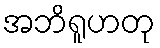
အဘိရူဟတု